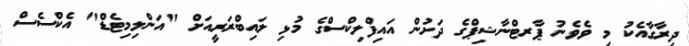
ދިރާގާއެކު މި ވެވެނު ޕާރޓްނާޝިޕްގެ ދަށުން އައިފްލިކްސްގެ މުޅި ލައިބްރަރީއަށް "އަންލިމިޓެޑް" އެކްސެސް